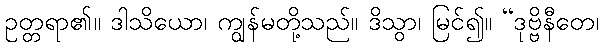
ဥတ္တရာ၏။ ဒါသိယော၊ ကျွန်မတို့သည်။ ဒိသွာ၊ မြင်၍။ “ဒုဗ္ဗိနီတေ၊